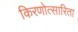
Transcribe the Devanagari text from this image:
किरणोत्सारिता